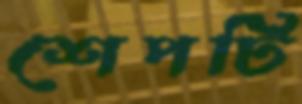
শেপটি